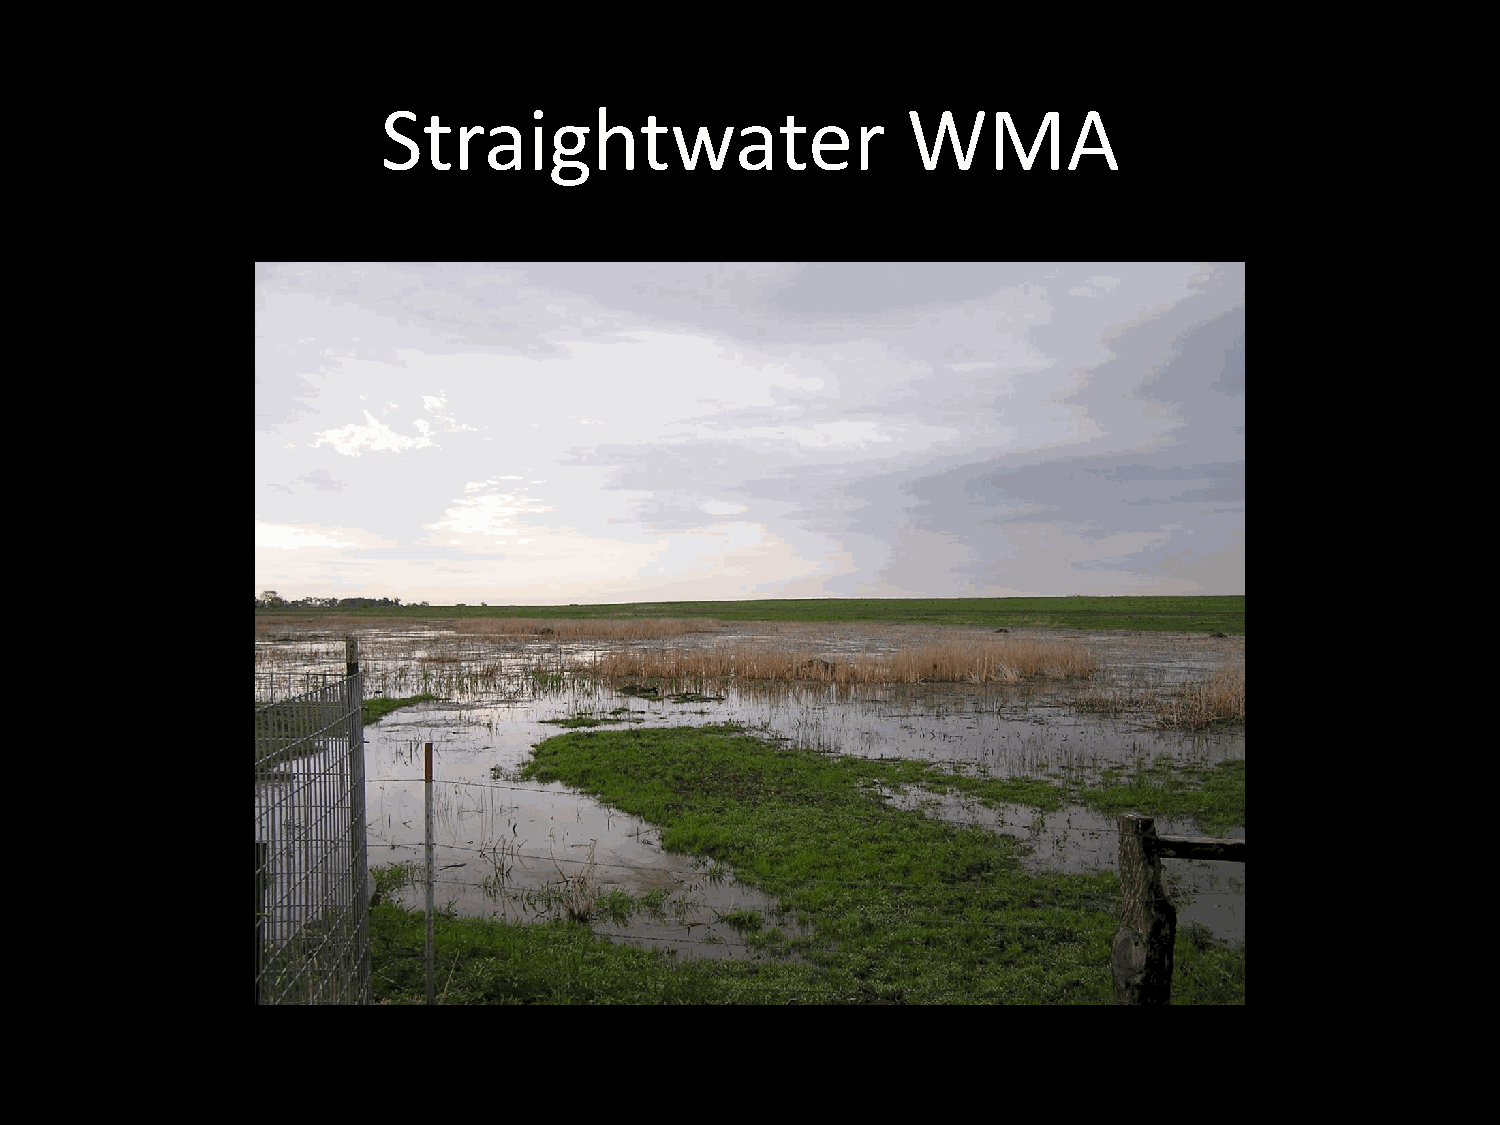
Straightwater                      WMA